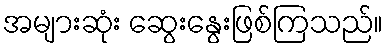
အများဆုံး ဆွေးနွေးဖြစ်ကြသည်။